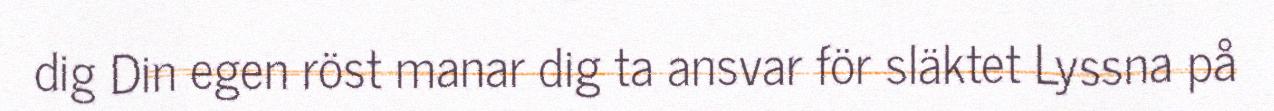
dig Din egen röst manar dig ta ansvar för släktet Lyssna på